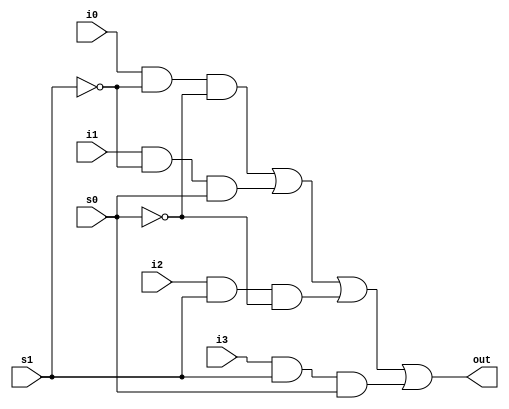
module mux41 (out, i0, i1, i2, i3, s0, s1);
output out;
input i0, i1, i2, i3;//all port declarations are implicitly wire (net)
input s0, s1;

//internal wire declarations
wire s1n, s0n;
wire y0, y1, y2, y3;

//instantiate lower level modules, here gates
and a0(y0, i0, s1n, s0n);
and a1(y1, i1, s1n, s0);
and a2(y2, i2, s1, s0n);
and a3(y3, i3, s1, s0);

or o0(out, y0, y1, y2, y3);

not n0(s0n, s0);
not n1(s1n, s1);

endmodule